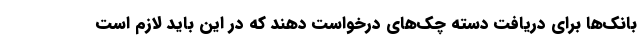
بانک‌ها برای دریافت دسته چک‌های درخواست دهند که در این باید لازم است